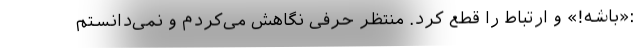
:«باشه!» و ارتباط را قطع کرد. منتظر حرفی نگاهش می‌کردم و نمی‌دانستم